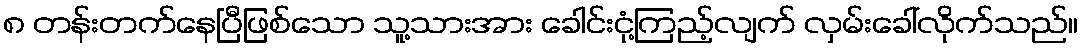
၈ တန်းတက်နေပြီဖြစ်သော သူ့သားအား ခေါင်းငုံ့ကြည့်လျက် လှမ်းခေါ်လိုက်သည်။